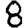
Digit: 8